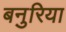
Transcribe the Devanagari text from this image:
बनुरिया